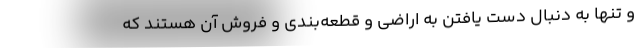
و تنها به دنبال دست یافتن به اراضی و قطعه‌بندی و فروش آن هستند که